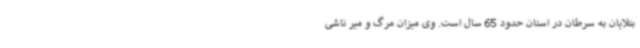
بتلایان به سرطان در استان حدود 65 سال است. وی میزان مرگ و میر ناشی